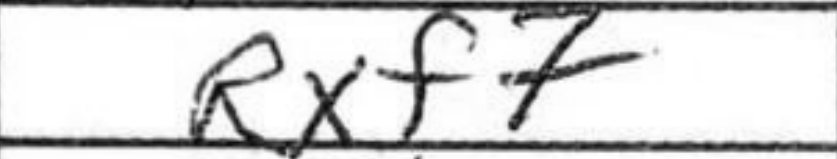
Transcription: Rxf7